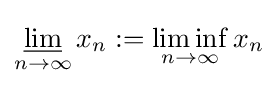
\varliminf _{n\to \infty }x_{n}:=\liminf _{n\to \infty }x_{n}